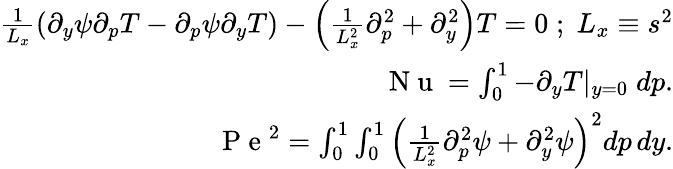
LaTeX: \begin{array}{r}{\frac{1}{L_{x}}\left(\partial_{y}\psi\partial_{p}T-\partial_{p}\psi\partial_{y}T\right)-\left(\frac{1}{L_{x}^{2}}\partial_{p}^{2}+\partial_{y}^{2}\right)T=0\; ;\; L_{x}\equiv s^{2}}\\ {\mathrm{~N~u~}=\int_{0}^{1}-\partial_{y}T|_{y=0}\; dp.}\\ {\mathrm{~P~e~}^{2}=\int_{0}^{1}\int_{0}^{1}\left(\frac{1}{L_{x}^{2}}\partial_{p}^{2}\psi+\partial_{y}^{2}\psi\right)^{2}dp\, dy.}\end{array}